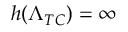
h ( \Lambda _ { T C } ) = \infty